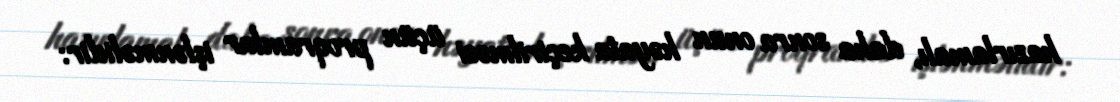
hazırlamalı, daha sonra onun həyata keçirilməsi üçün proqramlar işlənməlidir: